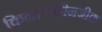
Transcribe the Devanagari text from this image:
किनारपट्टीनजीक